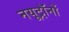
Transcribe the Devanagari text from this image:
नयूट्रॉनों